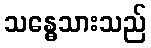
သန္ဓေသားသည်